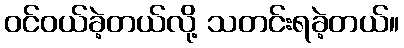
ဝင်ဝယ်ခဲ့တယ်လို့ သတင်းရခဲ့တယ်။